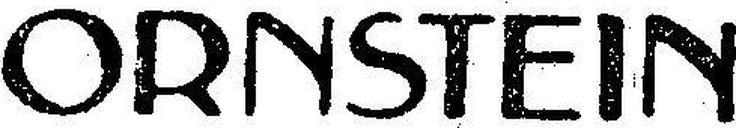
ORNSTEIN